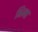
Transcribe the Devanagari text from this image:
भिम्बा